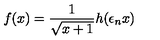
f ( x ) = \frac { 1 } { \sqrt { x + 1 } } h ( \epsilon _ { n } x )